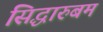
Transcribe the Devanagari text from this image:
सिद्धारुबम